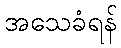
အသေခံရန်